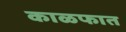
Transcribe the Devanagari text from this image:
काळफात